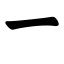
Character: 一